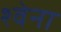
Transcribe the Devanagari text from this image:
श्वेना